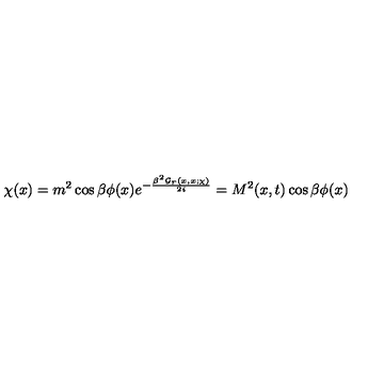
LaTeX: \chi ( x ) = m ^ { 2 } \cos \beta \phi ( x ) e ^ { - \frac { \beta ^ { 2 } { \cal G } _ { r } ( x , x ; \chi ) } { 2 i } } = M ^ { 2 } ( x , t ) \cos \beta \phi ( x )